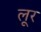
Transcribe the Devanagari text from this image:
लूर